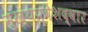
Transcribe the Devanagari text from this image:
मुख्यप्रवेशद्वार